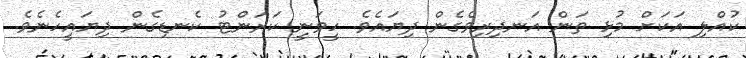
ކުއްލި އަކަށް މުޅި ތަން އަނދިރިވެގެން ދިޔައެވެ. ހީވަނީ ކަރަންޓު ކެނޑިގެން ދިޔައީހެނެވެ.